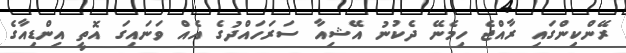
ރޭންކިންގައި ރާއްޖެ ހިމެނޭ ދެކުނު އޭޝިއާ ސަރަހައްދުގެ އެއް ވަނައިގަ އޮތީ އިންޑިއާގެ